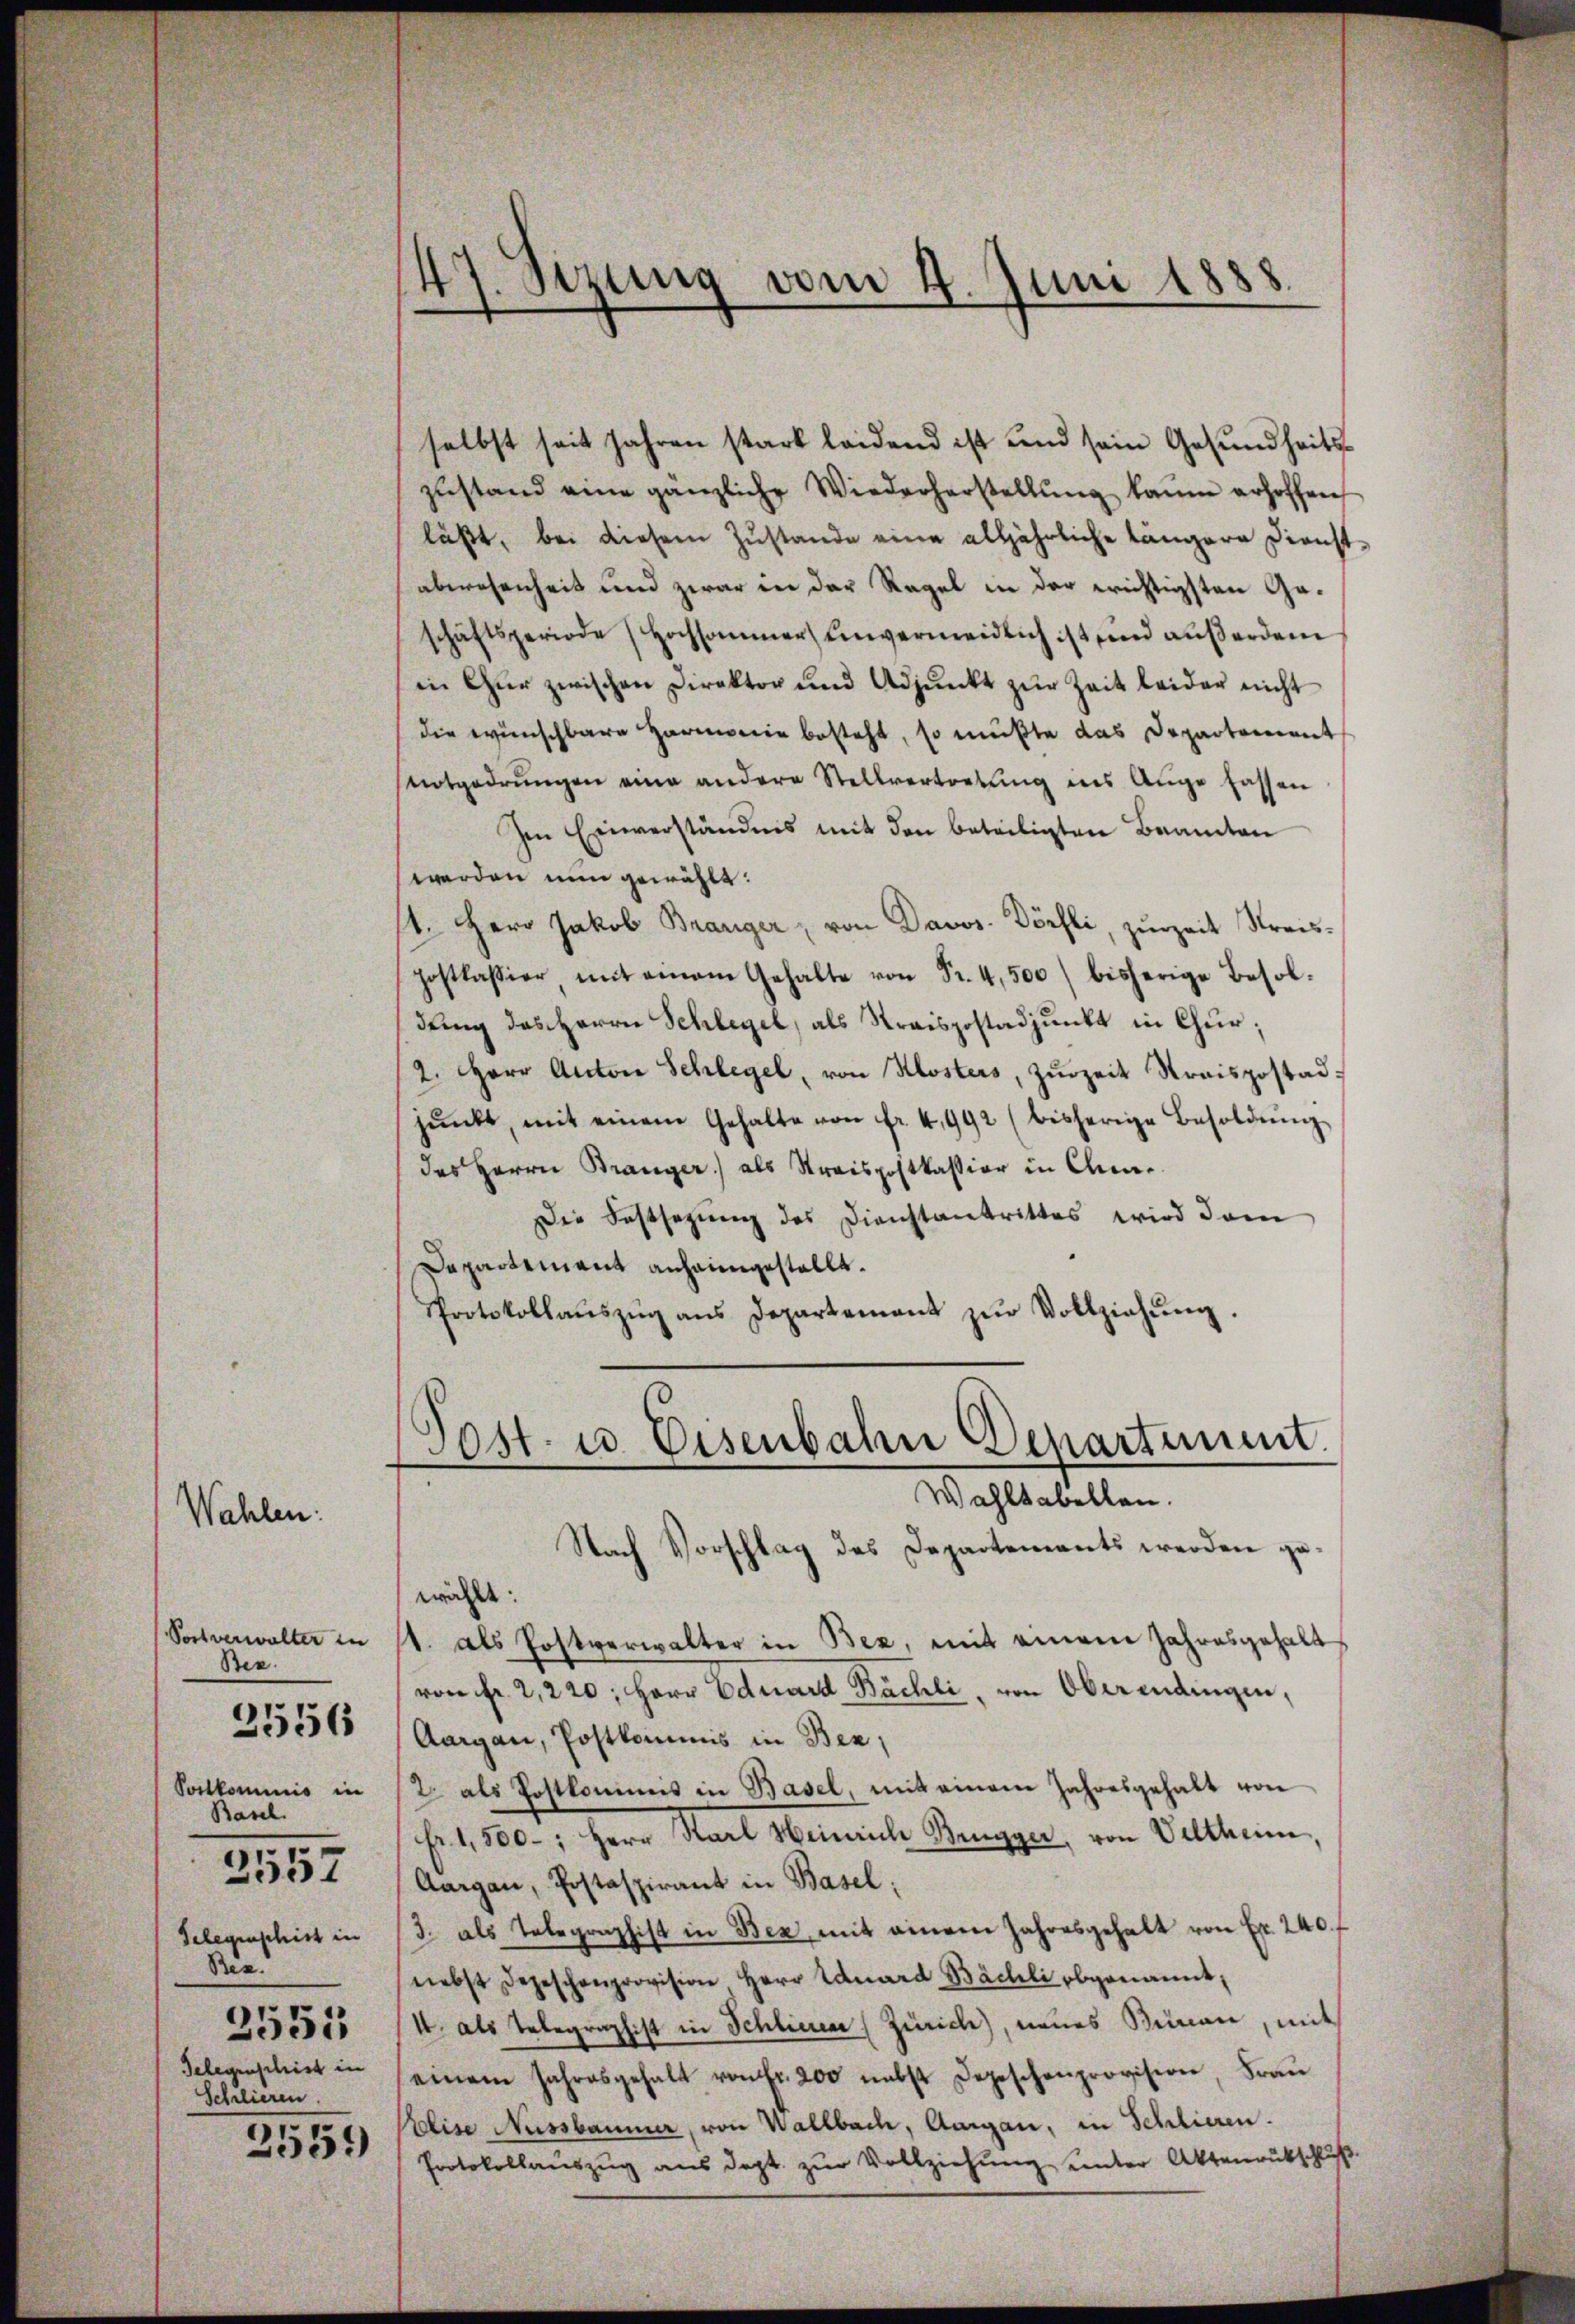
Wahlen:

Portverwalter in
Bez.
Postkommnis in
Basel.
2557
Gelegenschrist in
Bee
2551
Gelegenschrist in
Schlieren.

2556

2559)

selbst seit Jahren stark leidend ist und sein Gesundheits-
zŭstand eine gänzliche Wiederherstellung kaum erhoffen
läßt, bei diesem Zustande eine alljährliche längern Dienst-
abwesenheit und zwar in der Regel in der wichtigsten Geschäftsperiode Hochsammer unvermeidlich ist sind außerdem
in Gŭr zwischen Direktor und Adjunkt zŭr Zeit leider nicht
die wünschbare Harmonie besteht, so müßte das Departement
notgedrungen eine andere Stellvertretŭng ins Auge fassen
Im Einverständnis mit den beteiligten Beamten
werden nun gewählt:
1. Herr Jakob Baariger, von Davos- Dörfli, zurzeit Kreispostkassier, mit einem Gehalte von Fr. 4,500 bisherige Besol-
dung das Herrn Schlegel, als Kraispostadjunkt in Chur;
2. Herr Anton Schlegel, von Klosters, zurzeit Kraispostad
pŭnkt, mit einem Gehalte von fr. 4, 992 (bisherige Besoldŭng
des Herrn Branger) als Streispostkassion in An-
Der Festsezung des Dienstantrittes wird dam
Dapartement anheimgestellt.
Protokollaŭszŭg ans Departement zŭr Vollziehŭng.

47. Sizung vom 4. Juni 1888

Post- u Eisenbahn Departimmt.
Wahltabellen.
Nach Vorschlag des Departements werden ge¬

wählt:
1. als Postverwalter in Bez, mit einem Jahresgehalt
von fr. 2,220; Herr Eduard Bächli, von Oberendingen,
Aargau, Postkommis in Bez
/7 als Postkommnis in Basel, mit einem Jahresgehalt von
Fr. 1,500; Herr Karl Heinrich Bengger, von Veltheim,
Aargau, Postaspirant in Basel;
3. als Telegraphist in Bex mit einem Jahresgehalt von Fr. 240. f
(nebst Depeschenprovision Herr Eduard Bächli obgenannt,
1. als Telegraphist in Schliener (Zürich), neues Seinen, mit
einem Jahresgehalt von fr. 200 nebst Depeschenprovision, Frau
tolise Aussbaumer, von Wallbach, Aargau, in Schlieren.
Protokollauszug aus dept. zur Vollziehung unter Aktenrutschluß